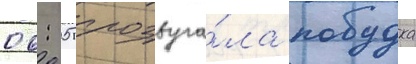
06: 05 прозвуча́ла побудка